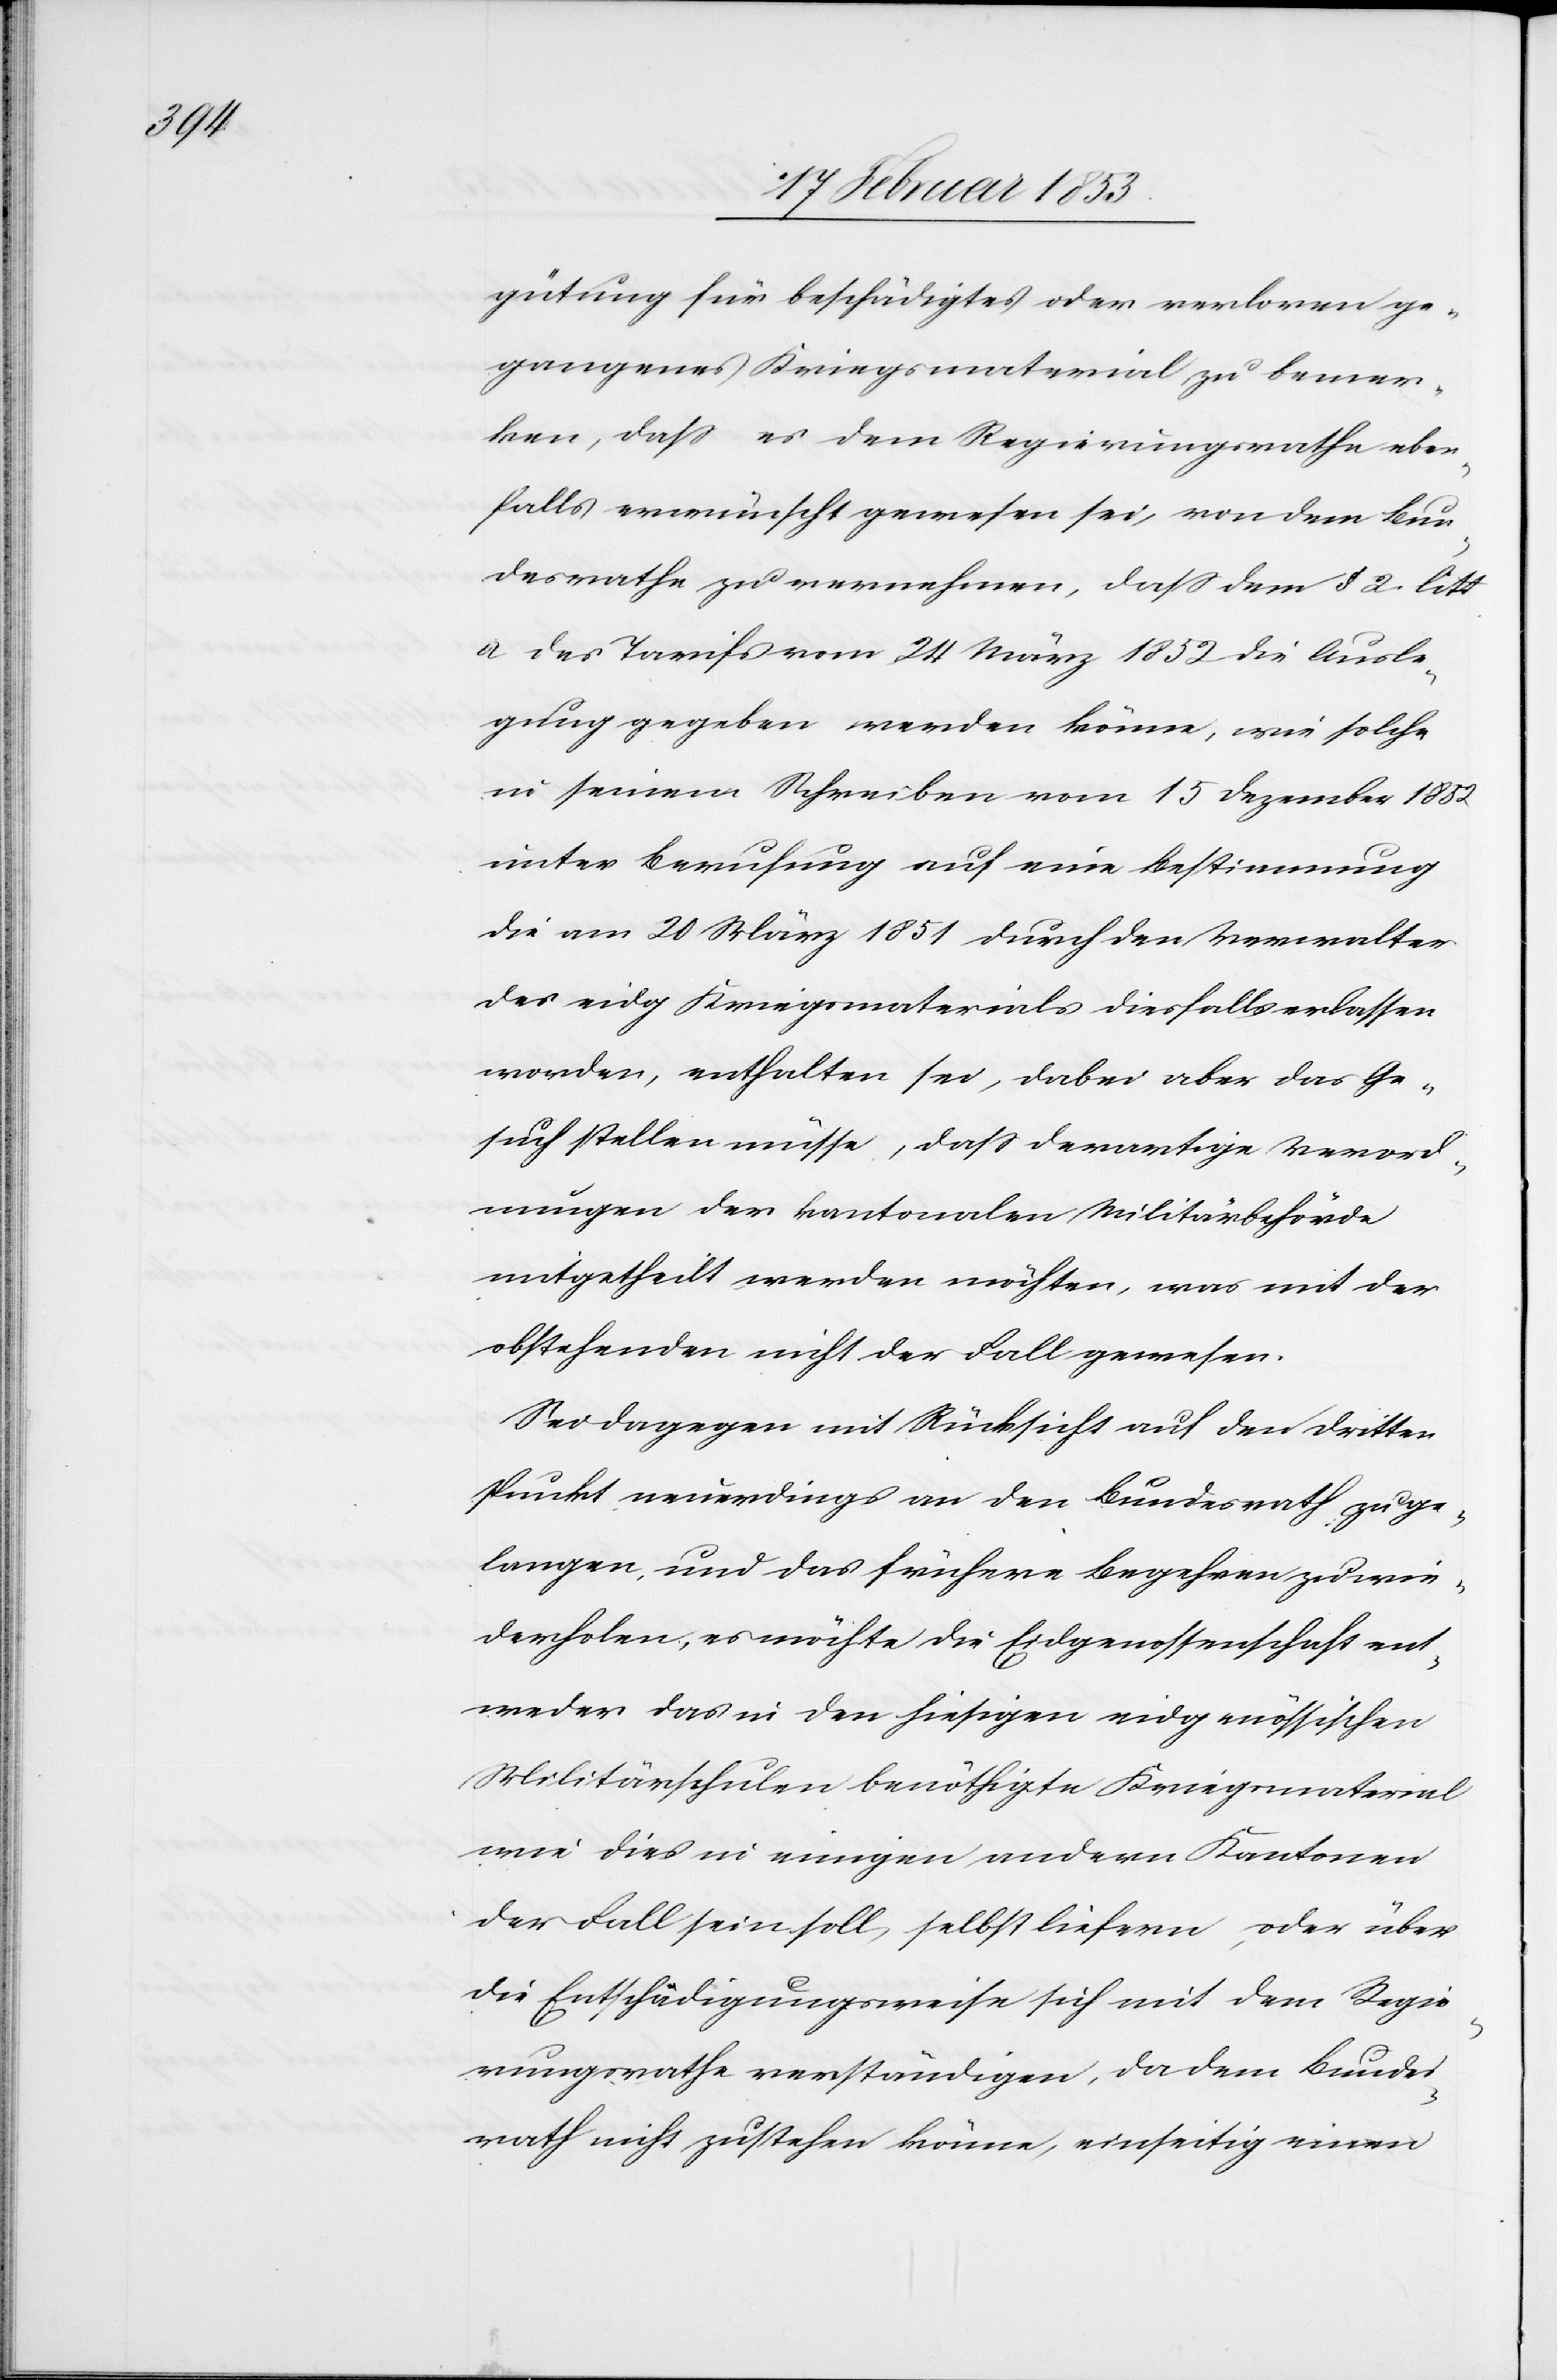
gütung für beschädigtes oder verloren ge¬
gangenes Kriegsmaterial zu bemer¬
ken, daß es dem Regierungsrathe eben¬
falls erwünscht gewesen sei, von dem Bun¬
desrathe zu vernehmen, daß dem § 2 litt.
a des Tarifs vom 24 März 1852 die Ausle¬
gung gegeben werden könne, wie solche
in seinem Schreiben vom 15 Dezember 1852
unter Berufung auf eine Bestimmung
die am 20 März 1851 durch den Verwalter
des eidg Kriegsmaterials diesfalls erlassen
worden, enthalten sei, dabei aber das Ge¬
such stellen müsse, daß derartige Verord¬
nungen der kantonalen Militärbehörde
mitgetheilt werden möchten, was mit der
obstehenden nicht der Fall gewesen.
Sei dagegen mit Rücksicht auf den dritten
Punkt, neuerdings an den Bundesrath zu ge¬
langen, und das frühere Begehren zu wie¬
derholen, es möchte die Eidgenossenschaft ent¬
weder das in den hiesigen eidgenössischen
Militärschulen benöthigte Kriegsmaterial
wie dies in einigen andern Kantonen
der Fall sein soll, selbst liefern, oder über
die Entschädigungsweise sich mit dem Regie¬
rungsrathe verständigen, da dem Bundes¬
rathe nicht zustehe könne, einseitig einen